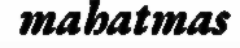
mahatmas